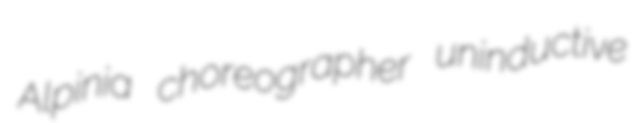
Alpinia choreographer uninductive